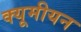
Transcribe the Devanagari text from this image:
क्यूमीयन